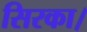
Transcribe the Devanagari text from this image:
सिरका।